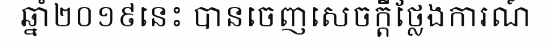
ឆ្នាំ២០១៩នេះ បានចេញសេចក្តីថ្លែងការណ៍